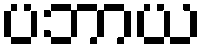
ပဘာယ